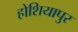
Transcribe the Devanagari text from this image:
होशियापुर